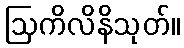
ဩကိလိနိသုတ်။